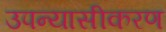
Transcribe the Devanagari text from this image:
उपन्‍यासीकरण